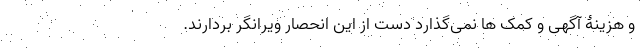
و هزینۀ آگهی و کمک ها نمی‌گذارد دست از این انحصار ویرانگر بردارند.